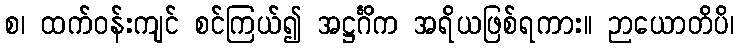
စ၊ ထက်ဝန်းကျင် စင်ကြယ်၍ အဋ္ဌင်္ဂိက အရိယဖြစ်ရကား။ ဉာယောတိပိ၊